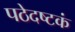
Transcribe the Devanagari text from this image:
पठेदष्टकं